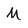
Character: M